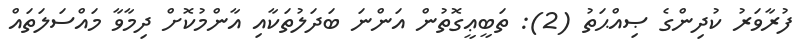
ފުރާވަރު ކުދިންގެ ޞިއްޙަތު (2): ތަބީޢީގޮތުން އަންނަ ބަދަލުތަކާއި އާންމުކޮށް ދިމާވާ މައްސަލަތައް